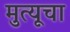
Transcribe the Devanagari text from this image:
मुत्यूचा